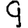
Digit: 9